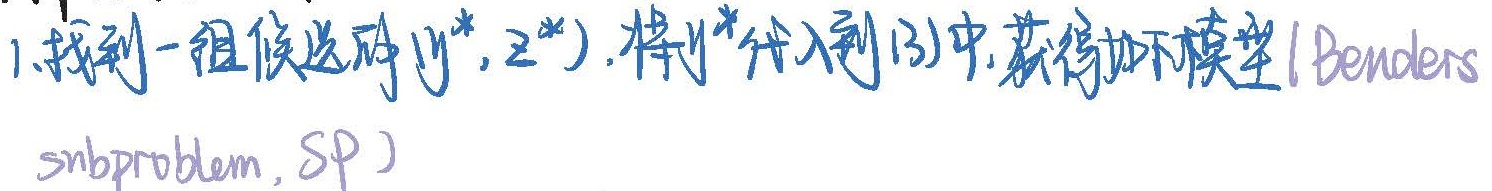
1. 找到一组候选解\((y^*, z^*)\)，将\(y^*\)代入到(3)中，获得如下模型 (Benders subproblem, SP)